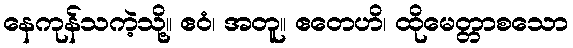
နေကုန်သကဲ့သို့။ ဧဝံ၊ အတူ။ ဧတေဟိ၊ ထိုမေတ္တာစသော